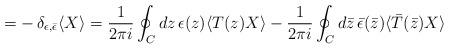
LaTeX: \begin{align*}=-\,\delta_{\epsilon,\bar{\epsilon}}\langle X\rangle=\frac{1}{2\pi i}\oint_{C} d z \,\epsilon(z)\langle T(z)X\rangle-\frac{1}{2\pi i}\oint_{C} d \bar{z} \,\bar{\epsilon}(\bar{z})\langle \bar{T}(\bar{z}) X\rangle\end{align*}